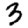
Digit: 3